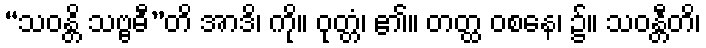
“သဝန္တိ သဗ္ဗဓီ”တိ အာဒိ၊ ကို။ ဝုတ္တံ၊ ၏။ တတ္ထ ဝစနေ၊ ၌။ သဝန္တီတိ၊